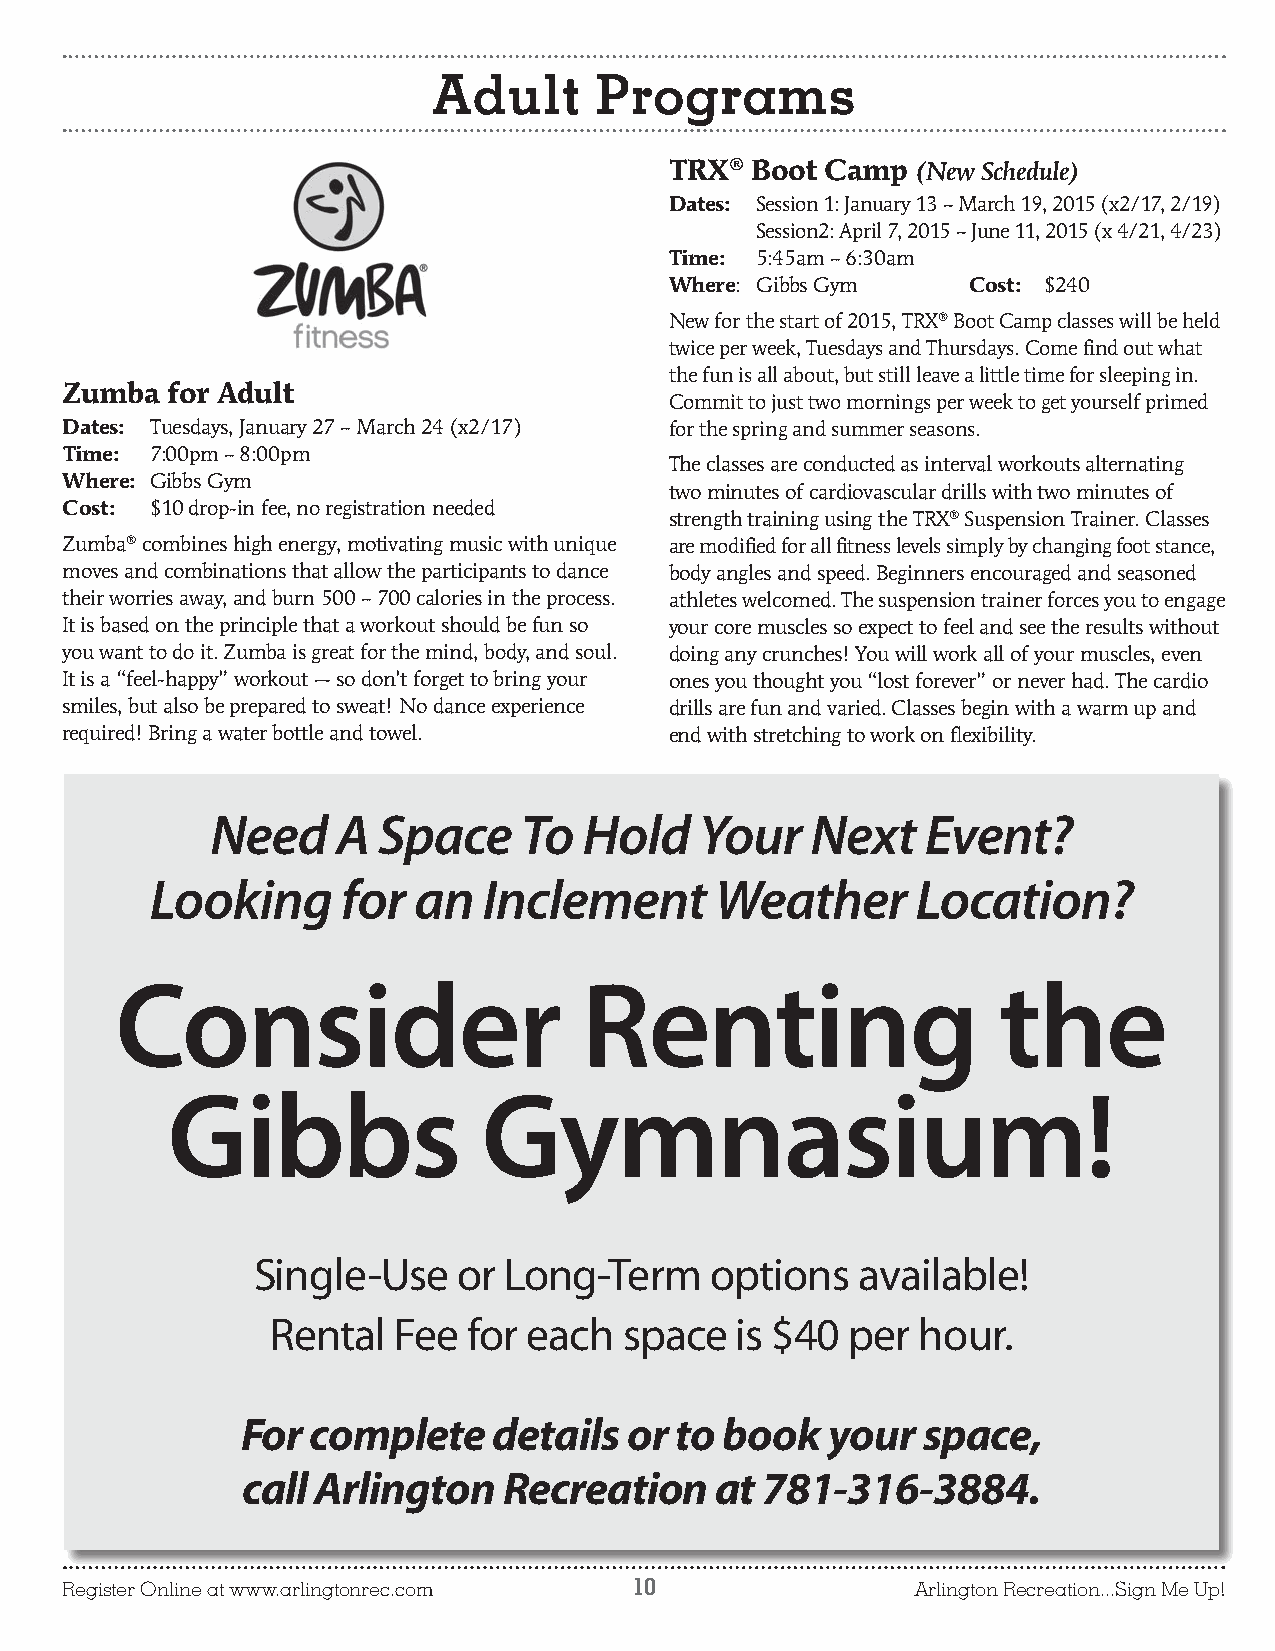
Adult     Programs
 TRX®  Boot Camp  (New Schedule)
 Dates: Session 1: January 13 – March 19, 2015 (x2/17, 2/19)
 Session2: April 7, 2015 – June 11, 2015 (x 4/21, 4/23)
 Time: 5:45am – 6:30am
 Where: Gibbs Gym    Cost: $240
 New for the start of 2015, TRX® Boot Camp classes will be held
 twice per week, Tuesdays and Thursdays. Come find out what
 the fun is all about, but still leave a little time for sleeping in.
 Zumba  for Adult
 Commit to just two mornings per week to get yourself primed
 Dates: Tuesdays, January 27 – March 24 (x2/17) for the spring and summer seasons.
 Time: 7:00pm – 8:00pm
 The classes are conducted as interval workouts alternating
 Where: Gibbs Gym
 two minutes of cardiovascular drills with two minutes of
 Cost: $10 drop-in fee, no registration needed
 strength training using the TRX® Suspension Trainer. Classes
 Zumba® combines high energy, motivating music with unique are modified for all fitness levels simply by changing foot stance,
 moves and combinations that allow the participants to dance body angles and speed. Beginners encouraged and seasoned
 their worries away, and burn 500 – 700 calories in the process. athletes welcomed. The suspension trainer forces you to engage
 It is based on the principle that a workout should be fun so your core muscles so expect to feel and see the results without
 you want to do it. Zumba is great for the mind, body, and soul. doing any crunches! You will work all of your muscles, even
 It is a “feel-happy” workout — so don’t forget to bring your ones you thought you “lost forever” or never had. The cardio
 smiles, but also be prepared to sweat! No dance experience drills are fun and varied. Classes begin with a warm up and
 required! Bring a water bottle and towel. end with stretching to work on flexibility.
 Need    A  Space    To   Hold   Your    Next   Event?
 Looking      for an   Inclement      Weather       Location?
 Consider                       Renting                    the
 Gibbs                Gymnasium!
 Single-Use   or Long-Term     options   available!
 Rental  Fee  for each  space   is $40 per  hour.
 For  complete    details  or to book   your  space,
 call Arlington   Recreation    at  781-316-3884.
 Register Online at www.arlingtonrec.com 10              Arlington Recreation...Sign Me Up!